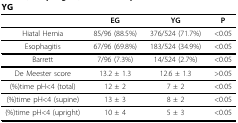
|  | EG | YG | P |
 | --- | --- | --- | --- |
 | Hiatal Hernia | 85/96 (88.5%) | 376/524 (71.7%) | <0.05 |
 | Esophagitis | 67/96 (69.8%) | 183/524 (34.9%) | <0.05 |
 | Barrett | 7/96 (7.3%) | 14/524 (2.7%) | <0.05 |
 | De Meester score | 13.2 ± 1.3 | 12.6 ± 1.3 | >0.05 |
 | (%)time pH<4 (total) | 12 ± 2 | 7 ± 2 | <0.05 |
 | (%)time pH<4 (supine) | 13 ± 3 | 8 ± 2 | <0.05 |
 | (%)time pH<4 (upright) | 10 ± 4 | 5 ± 3 | <0.05 |